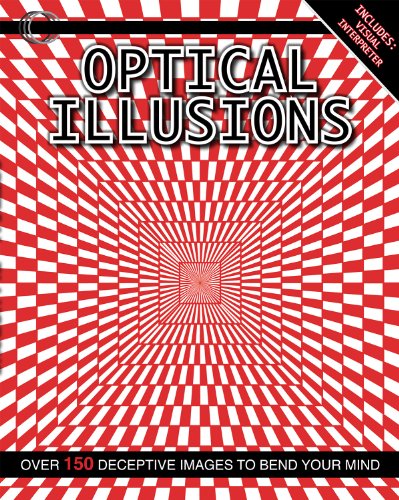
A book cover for Optical Illusions; Parragon Books; Humor & Entertainment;